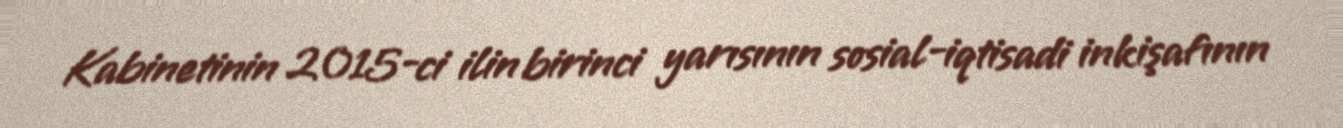
Kabinetinin 2015-ci ilin birinci yarısının sosial-iqtisadi inkişafının